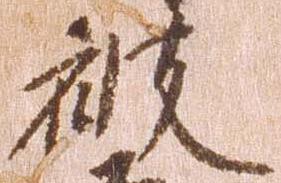
被